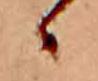
ゝ